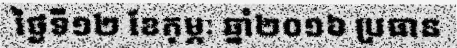
ថ្ងៃទី១២ ខែកុម្ភៈ ឆ្នាំ២០១៦ ប្រធាន